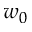
w _ { 0 }